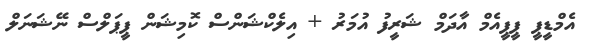
އެމްޑީޕީ ޕީޕީއެމް އާދަމް ޝަރީފު އުމަރު + އިލެކްޝަންސް ކޮމިޝަން ޕީޕަލްސް ނޭޝަނަލް